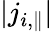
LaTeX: |j_{i,\parallel}|